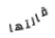
قالتها